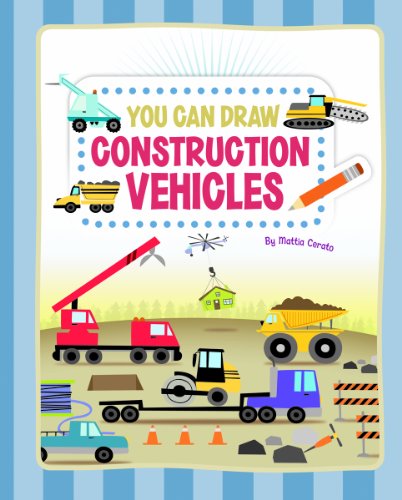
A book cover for You Can Draw Construction Vehicles; Mattia Cerato; Children's Books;